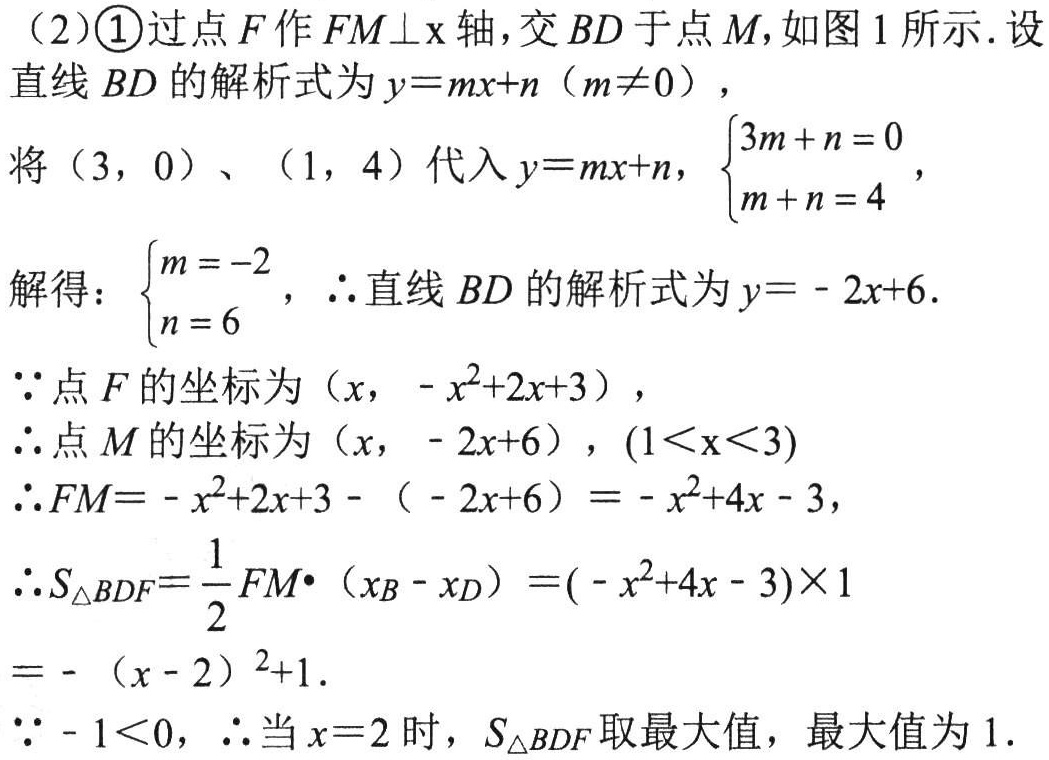
(2)\textcircled{1}过点$F$作$FM\perp\text{x}$轴,交$BD$于点$M$,如图1所示.设
直线$BD$的解析式为$y = mx + n\ (m\neq0)$,
将$(3,0)$、$(1,4)$代入$y = mx + n$, $\begin{cases}3m + n = 0\\m + n = 4\end{cases}$,
解得: $\begin{cases}m = - 2\\n = 6\end{cases}$, $\therefore$直线$BD$的解析式为$y=-2x + 6$.
$\because$点$F$的坐标为$(x,-x^{2}+2x + 3)$,
$\therefore$点$M$的坐标为$(x,-2x + 6)$,$(1<\text{x}<3)$
$\therefore FM=-x^{2}+2x + 3-(-2x + 6)=-x^{2}+4x - 3$,
$\therefore S_{\triangle BDF}=\dfrac{1}{2}FM\cdot(x_{B}-x_{D})=(-x^{2}+4x - 3)\times1$
$=-(x - 2)^{2}+1$.
$\because-1<0$, $\therefore$当$x = 2$时, $S_{\triangle BDF}$取最大值, 最大值为$1$.